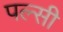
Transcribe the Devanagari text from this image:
पल्सी